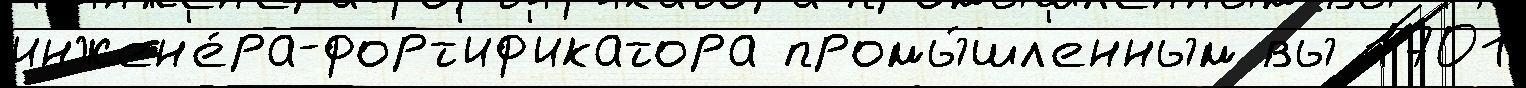
инжен'е́ра-форт'иф'икатора промы́шл'енным вы 1701